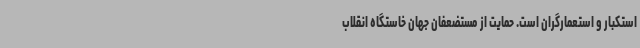
استکبار و استعمارگران است. حمایت از مستضعفان جهان خاستگاه انقلاب